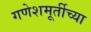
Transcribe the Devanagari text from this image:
गणेशमूर्तीच्या